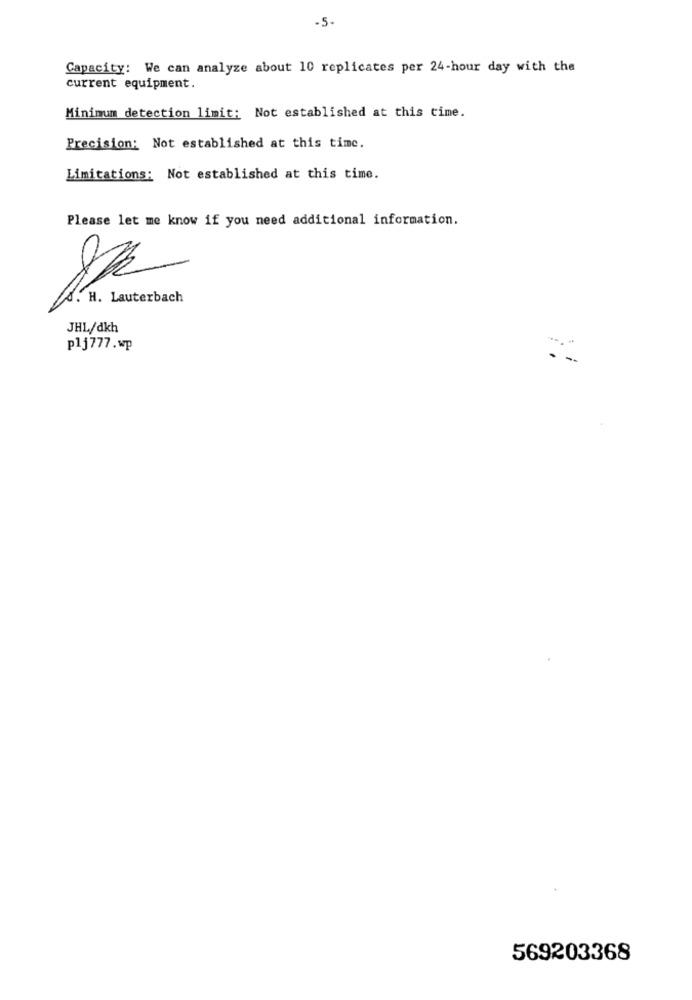
-5-
Capacity: We can analyze about 10 replicates per 24-hour day with the
current equipment.
Minimum detection limit: Not established at this time.
Precision: Not established at this time.
Limitations: Not established at this time.
Please let me know if you need additional information.
S. H. Lauterbach
JHL/dkh
plj777.wp
569203368